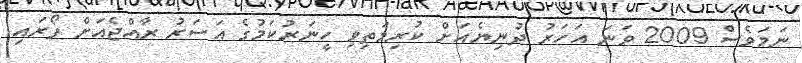
ނަމަވެސް 2009 ވަނަ އަހަރު ދުނިޔެއަށް ކުރިމަތިވި ހީނަރުކަމުގެ އަސަރު ރާއްޖެއަށް ފޯރައި